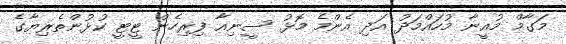
މަގާމް މުއީނާ މުހައްމަދު އަދި އެންމެ މޮޅު ސީނިއާ ފިރިހެން ޓީޓީ ކުޅުންތެރިޔާގެ